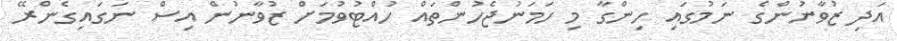
އަދި ޒުވާނުންގެ ނަމުގައި ހިންގާ މި ހަމަނުޖެހުންތައް ހުއްޓުވުމަށް ޒުވާނުން އިސް ނަގައިގެންރޭ